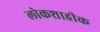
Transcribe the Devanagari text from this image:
लोकशाहीक